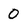
Character: 0